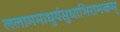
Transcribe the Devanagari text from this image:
ललाममाधुर्यसुधाभिरामकम्